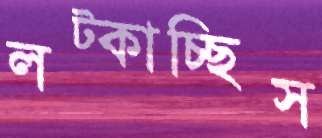
লট্‌কাচ্ছিস